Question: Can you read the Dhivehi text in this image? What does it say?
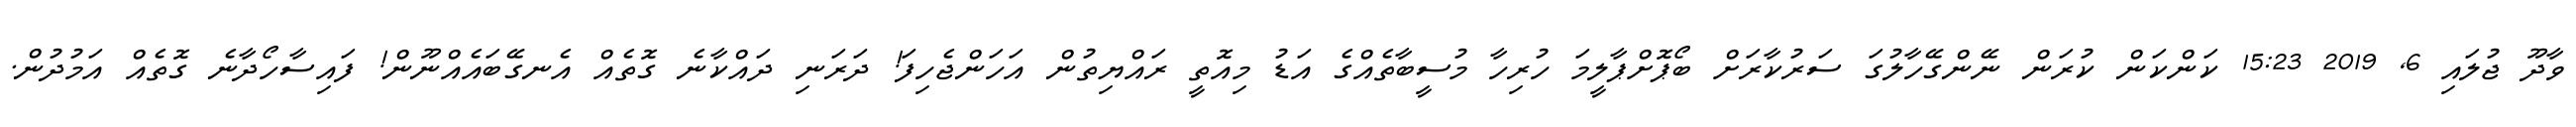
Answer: ވާދޫ ޖުލައި 6, 2019 15:23 ކަންކަން ކުރަން ނޭންގޭހާލުގަ ސަރުކާރަށް ބޯޕޮށްޕާލީމަ ހުރިހާ މުސީބާތެއްގެ އަޑު މިއޮތީ ރައްޔިތުން އަހަންޖެހިފަ! ދަރަނި ދައްކާނެ ގޮތެއް އެނގޭބައެއްނޫން! ފައިސާހޯދާނެ ގޮތެއް އަމުދުން.